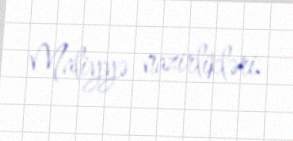
Maliyyə nazirlikləri.